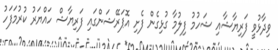
ވިދާޅުވީ ފަރިޔާޝާއި ޝަހުމު ފިލުމާ ގުޅިގެން ފެށި އޮޕަރޭޝަންގައި ފަރިޔާޝް ހައްޔަރު ކުރުމަފަހު